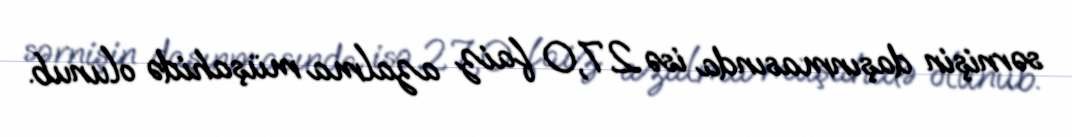
sərnişin daşınmasında isə 27,0 faiz azalma müşahidə olunub.